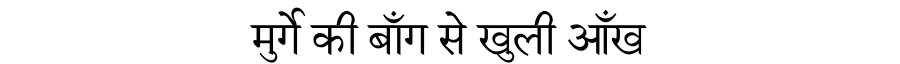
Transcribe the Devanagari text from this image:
मुर्गे की बाँग से खुली आँख